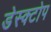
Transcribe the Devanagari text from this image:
डेस्क्टोप